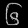
Digit: ၆